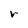
Character: r